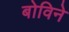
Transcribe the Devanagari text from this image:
बोविने